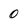
Character: 0